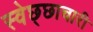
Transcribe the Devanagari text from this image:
स्वेछ्छाचारी